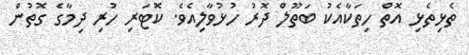
ތެޅިތެޅި އޮތް ހިތަކާއެކު ބަތޫލް ދޮރު ހުޅުވާލިއެވެ. ކޮޓަރި ހުރި ދިމާގެ ގޮތުން